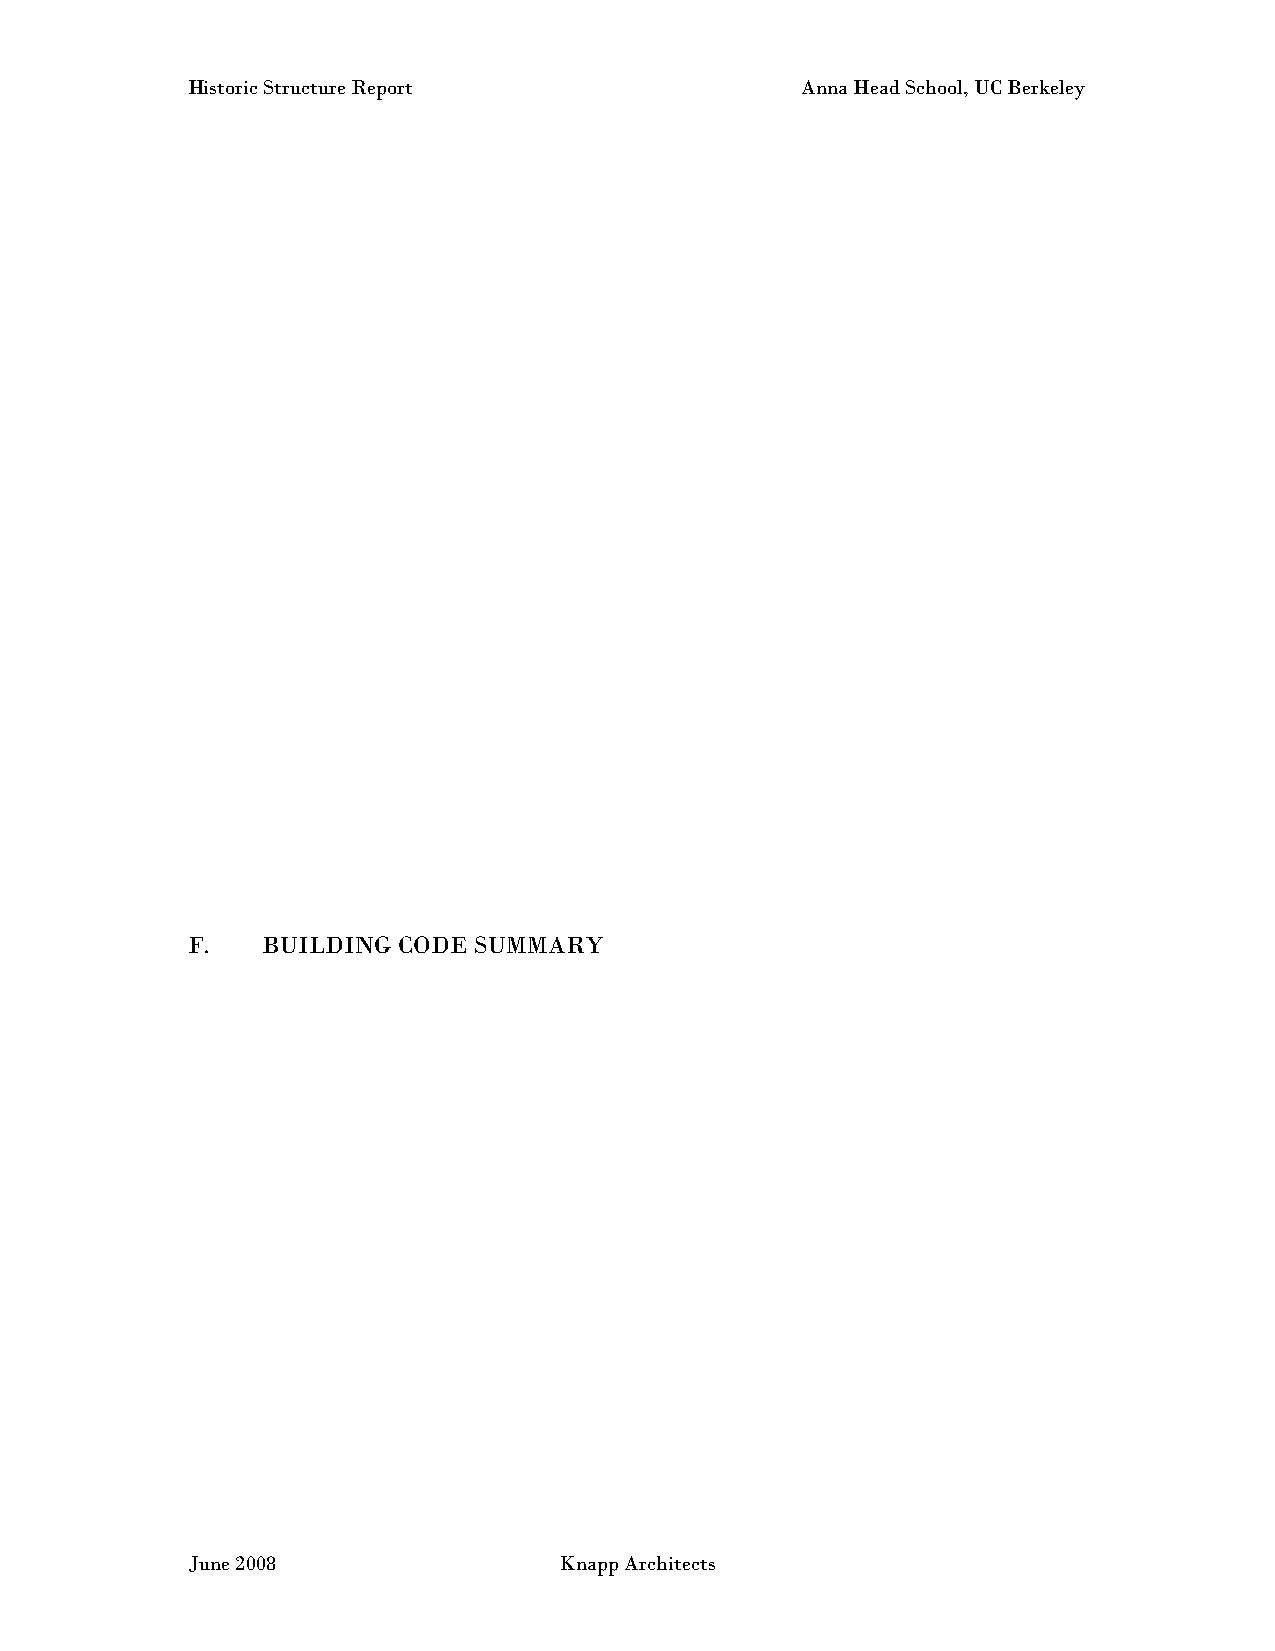
Historic Structure Report                Anna Head School, UC Berkeley
 F.   BUILDING CODE SUMMARY
 June 2008                Knapp Architects